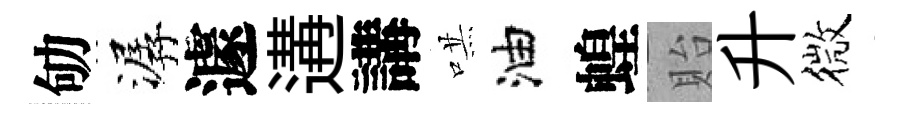
劬潺遽遘講哄油蝗貽升微